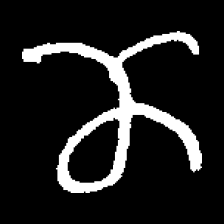
Pyu character \u2014 Myanmar letter: ဏ (romanized: nna)